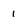
Character: 1